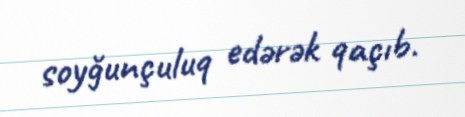
soyğunçuluq edərək qaçıb.